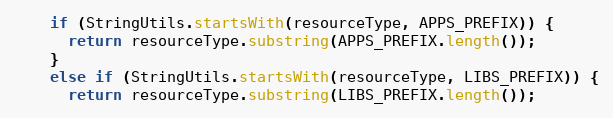
Language: Java
    if (StringUtils.startsWith(resourceType, APPS_PREFIX)) {
      return resourceType.substring(APPS_PREFIX.length());
    }
    else if (StringUtils.startsWith(resourceType, LIBS_PREFIX)) {
      return resourceType.substring(LIBS_PREFIX.length());